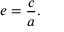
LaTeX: e = { \frac { c } { a } } .